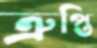
ত্রুপ্তি